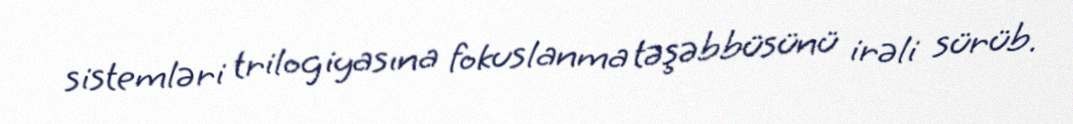
sistemləri trilogiyasına fokuslanma təşəbbüsünü irəli sürüb.